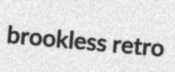
brookless retro